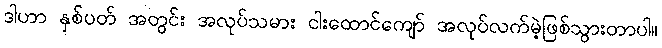
ဒါဟာ နှစ်ပတ် အတွင်း အလုပ်သမား ငါးထောင်ကျော် အလုပ်လက်မဲ့ဖြစ်သွားတာပါ။